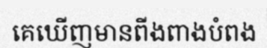
គេឃើញមានពីងពាងបំពង